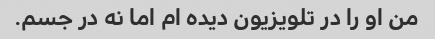
من او را در تلویزیون دیده ام اما نه در جسم.